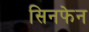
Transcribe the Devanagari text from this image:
सिनफेन